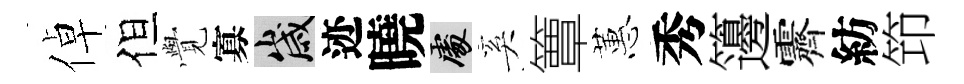
倬但𮗜寡歲迹曉處奚簟蕙秀籩霽紡笻